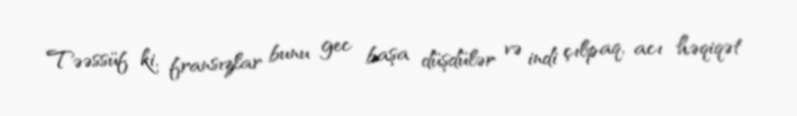
Təəssüf ki, fransızlar bunu gec başa düşdülər və indi çılpaq, acı həqiqət